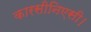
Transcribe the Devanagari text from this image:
कारसीनिएसी।